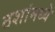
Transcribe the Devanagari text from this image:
ठशांमध्ये